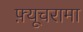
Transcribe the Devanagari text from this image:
फ़्यूचरामा